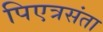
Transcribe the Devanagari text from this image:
पिएत्रसंता